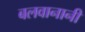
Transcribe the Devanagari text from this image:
बलवानानी